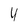
Character: 4